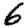
Digit: 6